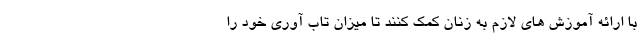
با ارائه آموزش های لازم به زنان کمک کنند تا میزان تاب آوری خود را